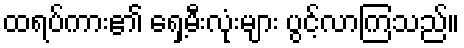
ထရပ်ကား၏ ရှေ့မီးလုံးများ ပွင့်လာကြသည်။